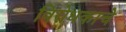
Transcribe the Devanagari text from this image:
विरोधकाचे